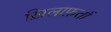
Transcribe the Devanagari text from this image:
ख़िलाफ़तों